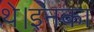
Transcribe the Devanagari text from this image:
थे।इनका